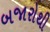
બજારોથી